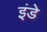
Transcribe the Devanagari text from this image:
इंडे